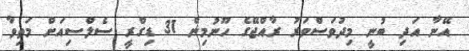
އޭނާ އަދި ބުނީ މިދުވަސްވަރު ރާއްޖޭގެ ހޫނުމިން 31 ޑިގްރީ ސެލްސިއަށް މަތިވާ